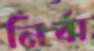
নির্বা